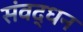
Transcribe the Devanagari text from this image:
संवद्धन